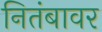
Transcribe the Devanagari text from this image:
नितंबावर